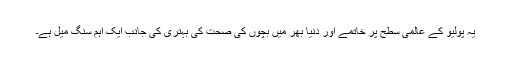
یہ پولیو کے عالمی سطح پر خاتمے اور دنیا بھر میں بچوں کی صحت کی بہتری کی جانب ایک اہم سنگ میل ہے۔